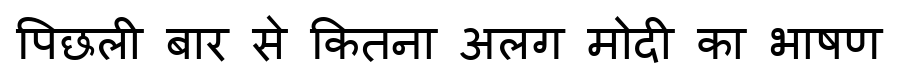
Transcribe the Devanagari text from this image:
पिछली बार से कितना अलग मोदी का भाषण